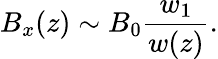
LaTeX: B_{x}(z)\sim B_{0}\frac{w_{1}}{w(z)}.